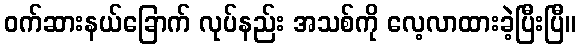
ဝက်ဆားနယ်ခြောက် လုပ်နည်း အသစ်ကို လေ့လာထားခဲ့ပြီးပြီ။